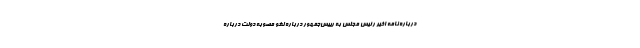
درباره نامه اخیر رئیس مجلس به رییس‌جمهور درباره لغو مصوبه دولت درباره